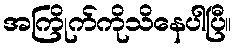
အကြိုက်ကိုသိနေပါပြီ။